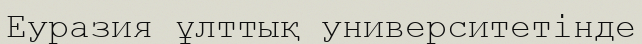
Еуразия ұлттық университетінде